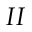
I I